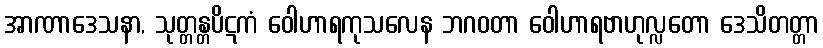
အာဏာဒေသနာ, သုတ္တန္တပိဋကံ ဝေါဟာရကုသလေန ဘဂဝတာ ဝေါဟာရဗာဟုလ္လတော ဒေသိတတ္တာ